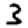
Digit: 3